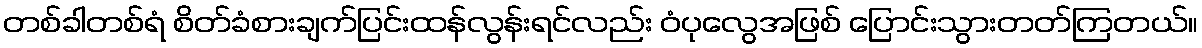
တစ်ခါတစ်ရံ စိတ်ခံစားချက်ပြင်းထန်လွန်းရင်လည်း ဝံပုလွေအဖြစ် ပြောင်းသွားတတ်ကြတယ်။